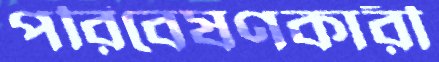
পরিবেষণকারী